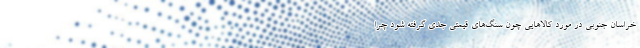
خراسان جنوبی در مورد کالاهایی چون سنگ‌های قیمتی جدی گرفته شود چرا